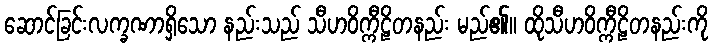
ဆောင်ခြင်းလက္ခဏာရှိသော နည်းသည် သီဟဝိက္ကီဠိတနည်း မည်၏။ ထိုသီဟဝိက္ကီဠိတနည်းကို